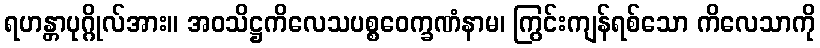
ရဟန္တာပုဂ္ဂိုလ်အား။ အဝသိဋ္ဌကိလေသပစ္စဝေက္ခဏံနာမ၊ ကြွင်းကျန်ရစ်သော ကိလေသာကို